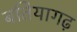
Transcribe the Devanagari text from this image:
बतियागढ़